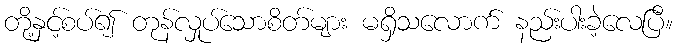
တို့နှင့်စပ်၍ တုန်လှုပ်သောစိတ်များ မရှိသလောက် နည်းပါးခဲ့လေပြီ။